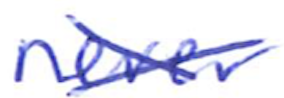
Text: never
Cross-out: mix
Writing tool: ballpoint